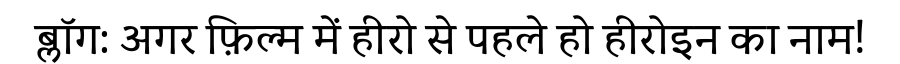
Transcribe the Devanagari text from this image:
ब्लॉग: अगर फ़िल्म में हीरो से पहले हो हीरोइन का नाम!